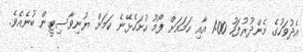
އެދުވަހުގެ މެންދުރުފަހު 1:00 އާއި ހަމައަށް ފޯމު ހުށަހެޅޭނެ ކަމަށް ޔުނިވާސިޓީން ބުނެއެވެ.